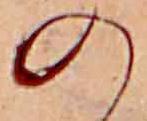
の